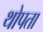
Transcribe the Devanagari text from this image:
थोपता